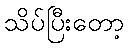
သိပ်ပြီးတော့